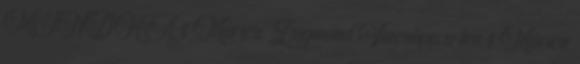
MINDHA 1 Móricz Zsigmond Vízcsöpp a ten 1 Móricz